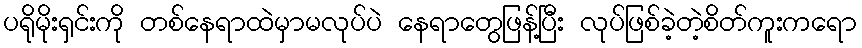
ပရိုမိုးရှင်းကို တစ်နေရာထဲမှာမလုပ်ပဲ နေရာတွေဖြန့်ပြီး လုပ်ဖြစ်ခဲ့တဲ့စိတ်ကူးကရော